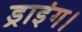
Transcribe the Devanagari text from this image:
ड्राइंग।